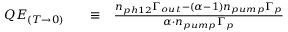
\begin{array} { r l r l } { Q E _ { ( T \rightarrow 0 ) } } & { { } } & { \equiv } & { { } \frac { n _ { p h 1 2 } \Gamma _ { o u t } - ( \alpha - 1 ) n _ { p u m p } \Gamma _ { p } } { \alpha \cdot n _ { p u m p } \Gamma _ { p } } } \end{array}